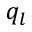
q _ { l }